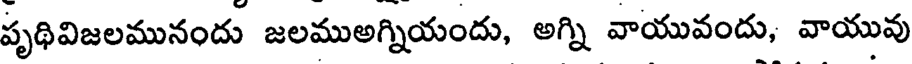
పృథివిజలమునందు జలముఅగ్నియందు, అగ్ని వాయువందు, వాయువు